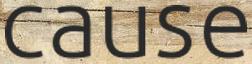
cause